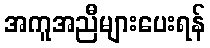
အကူအညီများပေးရန်